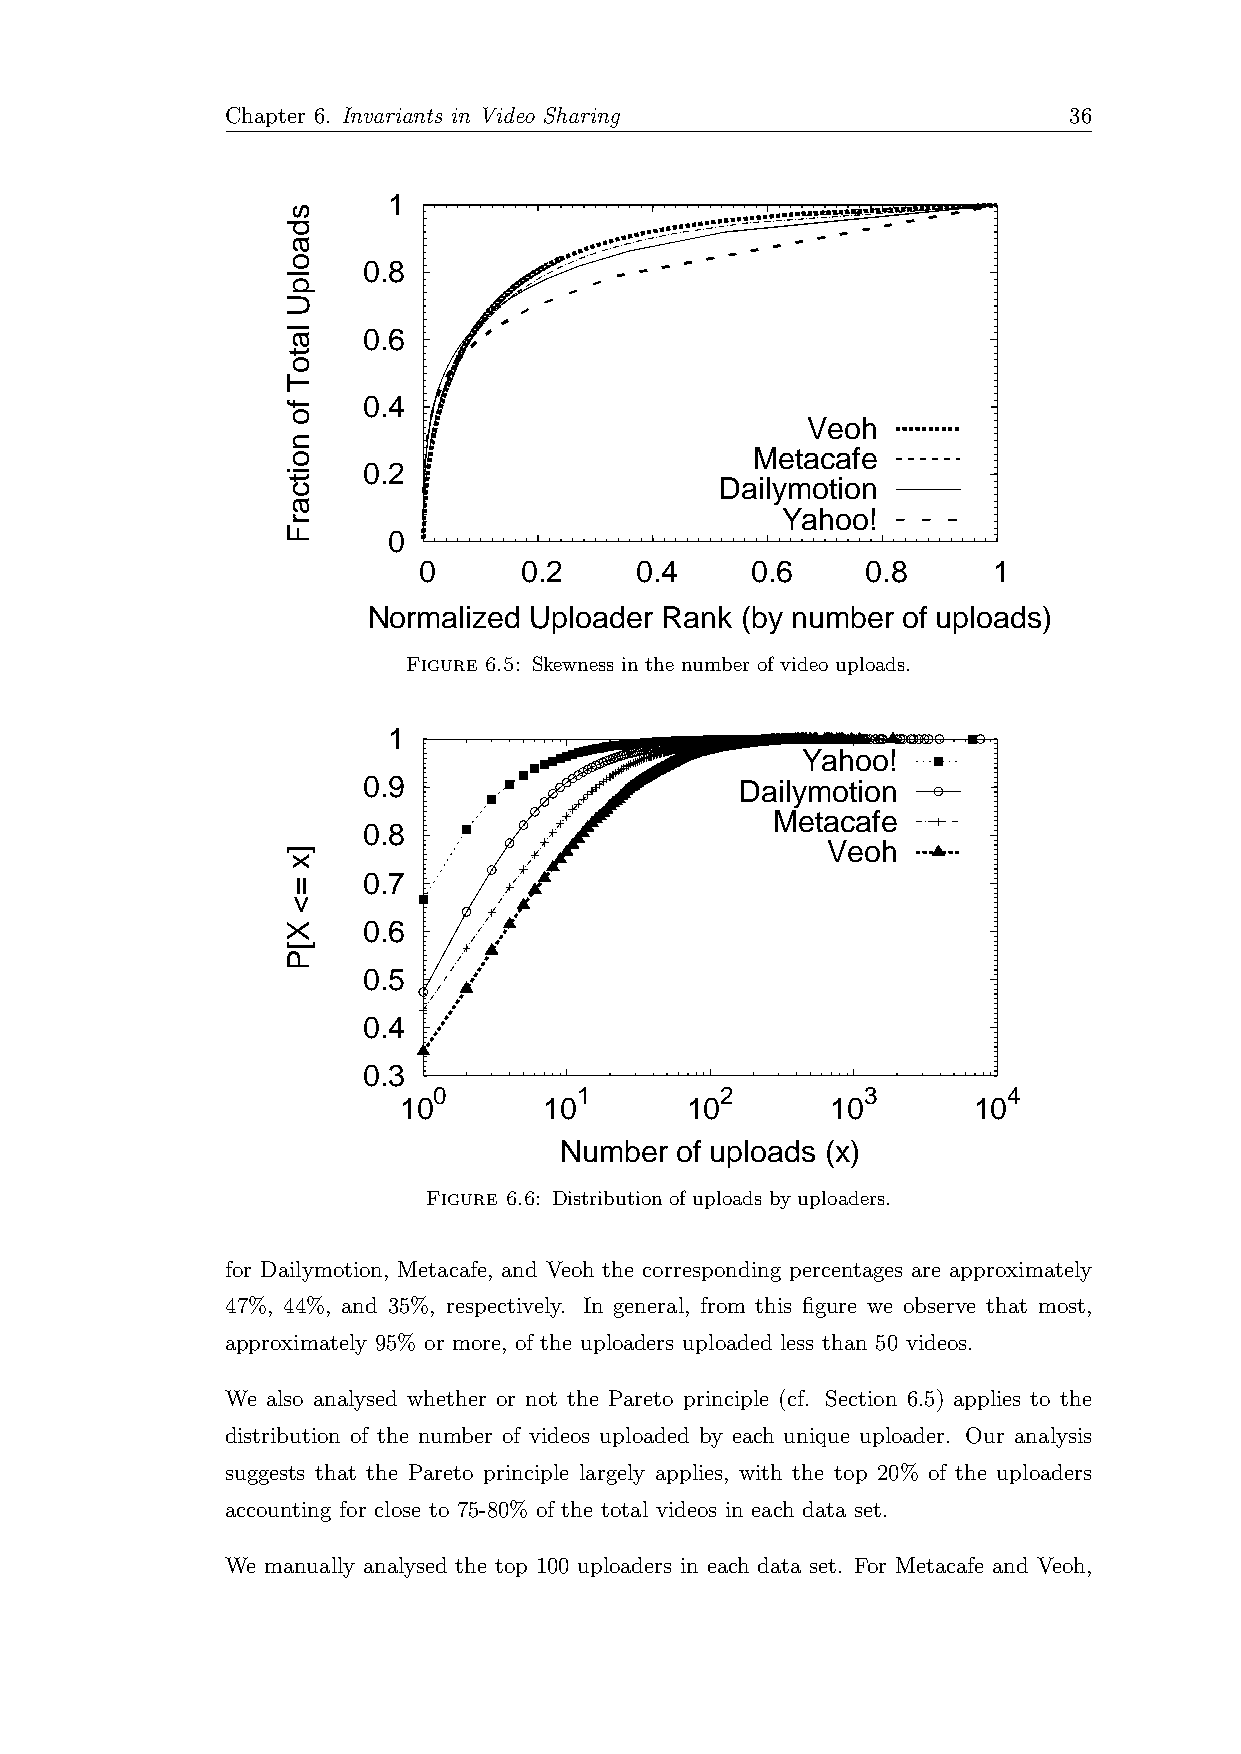
Chapter 6. Invariants in Video Sharing                  36
 1
 0.8
 0.6
 0.4
 Veoh
 Metacafe
 0.2
 Dailymotion
 Yahoo!
 0
 0     0.2     0.4     0.6    0.8      1
 Normalized Uploader Rank (by number of uploads)
 Figure 6.5: Skewness in the number of video uploads.
 1
 Yahoo!
 0.9                      Dailymotion
 Metacafe
 0.8
 Veoh
 0.7
 0.6
 0.5
 0.4
 0.3
 0        1         2        3         4
 10        10       10        10       10
 Number  of uploads (x)
 Figure 6.6: Distribution of uploads by uploaders.
 for Dailymotion, Metacafe, and Veoh the corresponding percentages are approximately
 47%, 44%, and 35%, respectively. In general, from this figure we observe that most,
 approximately 95% or more, of the uploaders uploaded less than 50 videos.
 We also analysed whether or not the Pareto principle (cf. Section 6.5) applies to the
 distribution of the number of videos uploaded by each unique uploader. Our analysis
 suggests that the Pareto principle largely applies, with the top 20% of the uploaders
 accounting for close to 75-80% of the total videos in each data set.
 We manually analysed the top 100 uploaders in each data set. For Metacafe and Veoh,
 sdaolpU
 latoT
 fo
 noitcarF
 ]x
 =<
 X[P